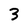
Character: 3